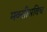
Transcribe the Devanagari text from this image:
मक्सीमविच